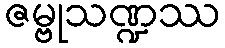
ဇမ္ဗုသဏ္ဍဿ